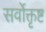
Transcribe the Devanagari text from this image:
सर्वोक्तृष्ट